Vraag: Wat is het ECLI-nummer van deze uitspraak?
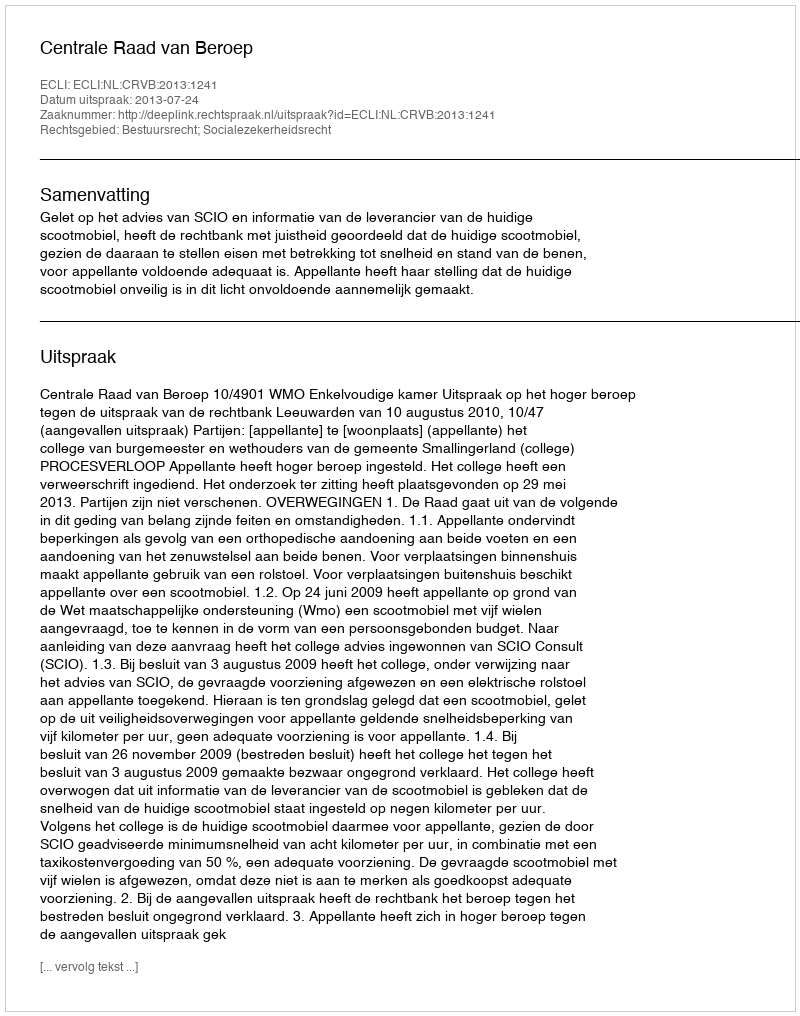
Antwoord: ECLI:NL:CRVB:2013:1241